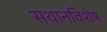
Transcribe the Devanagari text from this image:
सथानविशेष